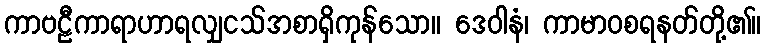
ကာဗဠီကာရာဟာရလျှငသ်အစာရှိကုန်သော။ ဒေဝါနံ၊ ကာမာဝစရနတ်တို့၏။